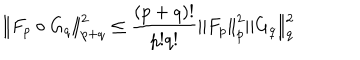
LaTeX: \left\| F _ { p } \circ G _ { q } \right\| _ { p + q } ^ { 2 } \leq \frac { ( p + q ) ! } { p ! q ! } \left\| F _ { p } \right\| _ { p } ^ { 2 } \left\| G _ { q } \right\| _ { q } ^ { 2 }